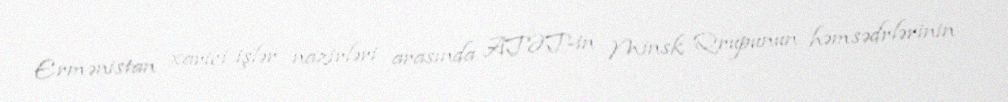
Ermənistan xarici işlər nazirləri arasında ATƏT-in Minsk Qrupunun həmsədrlərinin